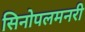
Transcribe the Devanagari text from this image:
सिनोपलमनरी